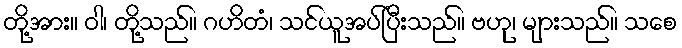
တို့အား။ ဝါ၊ တို့သည်။ ဂဟိတံ၊ သင်ယူအပ်ပြီးသည်။ ဗဟု၊ များသည်။ သစေ